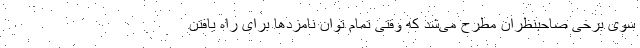
سوی برخی صاحبنظران مطرح می‌شد که وقتی تمام توان نامزدها برای راه یافتن